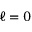
\ell = 0